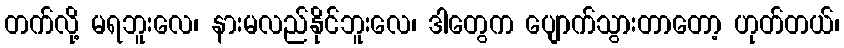
တက်လို့ မရဘူးလေ၊ နားမလည်နိုင်ဘူးလေ၊ ဒါတွေက ပျောက်သွားတာတော့ ဟုတ်တယ်၊